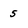
Character: 5